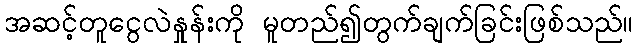
အဆင့်တူငွေလဲနှုန်းကို မူတည်၍တွက်ချက်ခြင်းဖြစ်သည်။